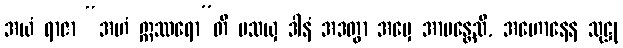
အယံ ရာဇာ “အဟံ ဣဿရော”တိ ပသယှ ဒါနံ အဒတွာ အမှေ အာမန္တေသိ, အဟောနေန သုဋ္ဌု